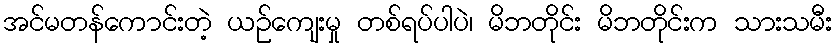
အင်မတန်ကောင်းတဲ့ ယဉ်ကျေးမှု တစ်ရပ်ပါပဲ၊ မိဘတိုင်း မိဘတိုင်းက သားသမီး